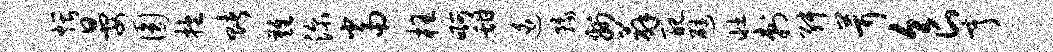
煨晏圆抱赌难深当枉啊甜迫豫州薜配避壮刺舛茸食亨